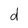
Character: d